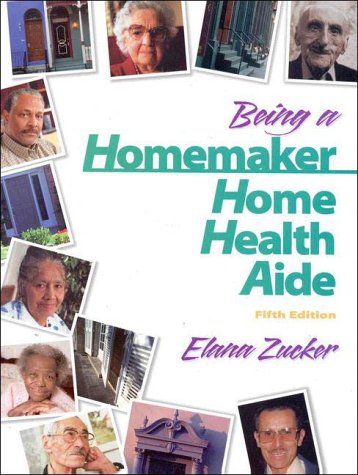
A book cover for Being a Homemaker/Home Health Aide; Elana D. Zucker; Medical Books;